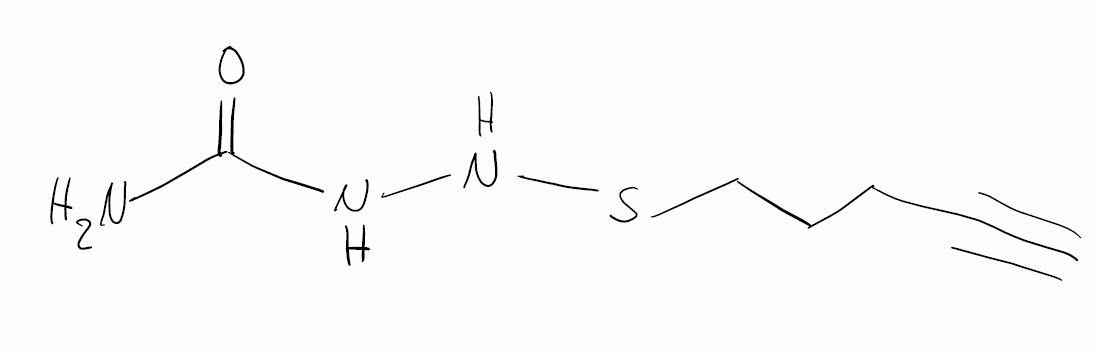
Simplified molecular-input line-entry system (SMILES) notation of the given molecule:
C#CCCCSNNC(=O)N